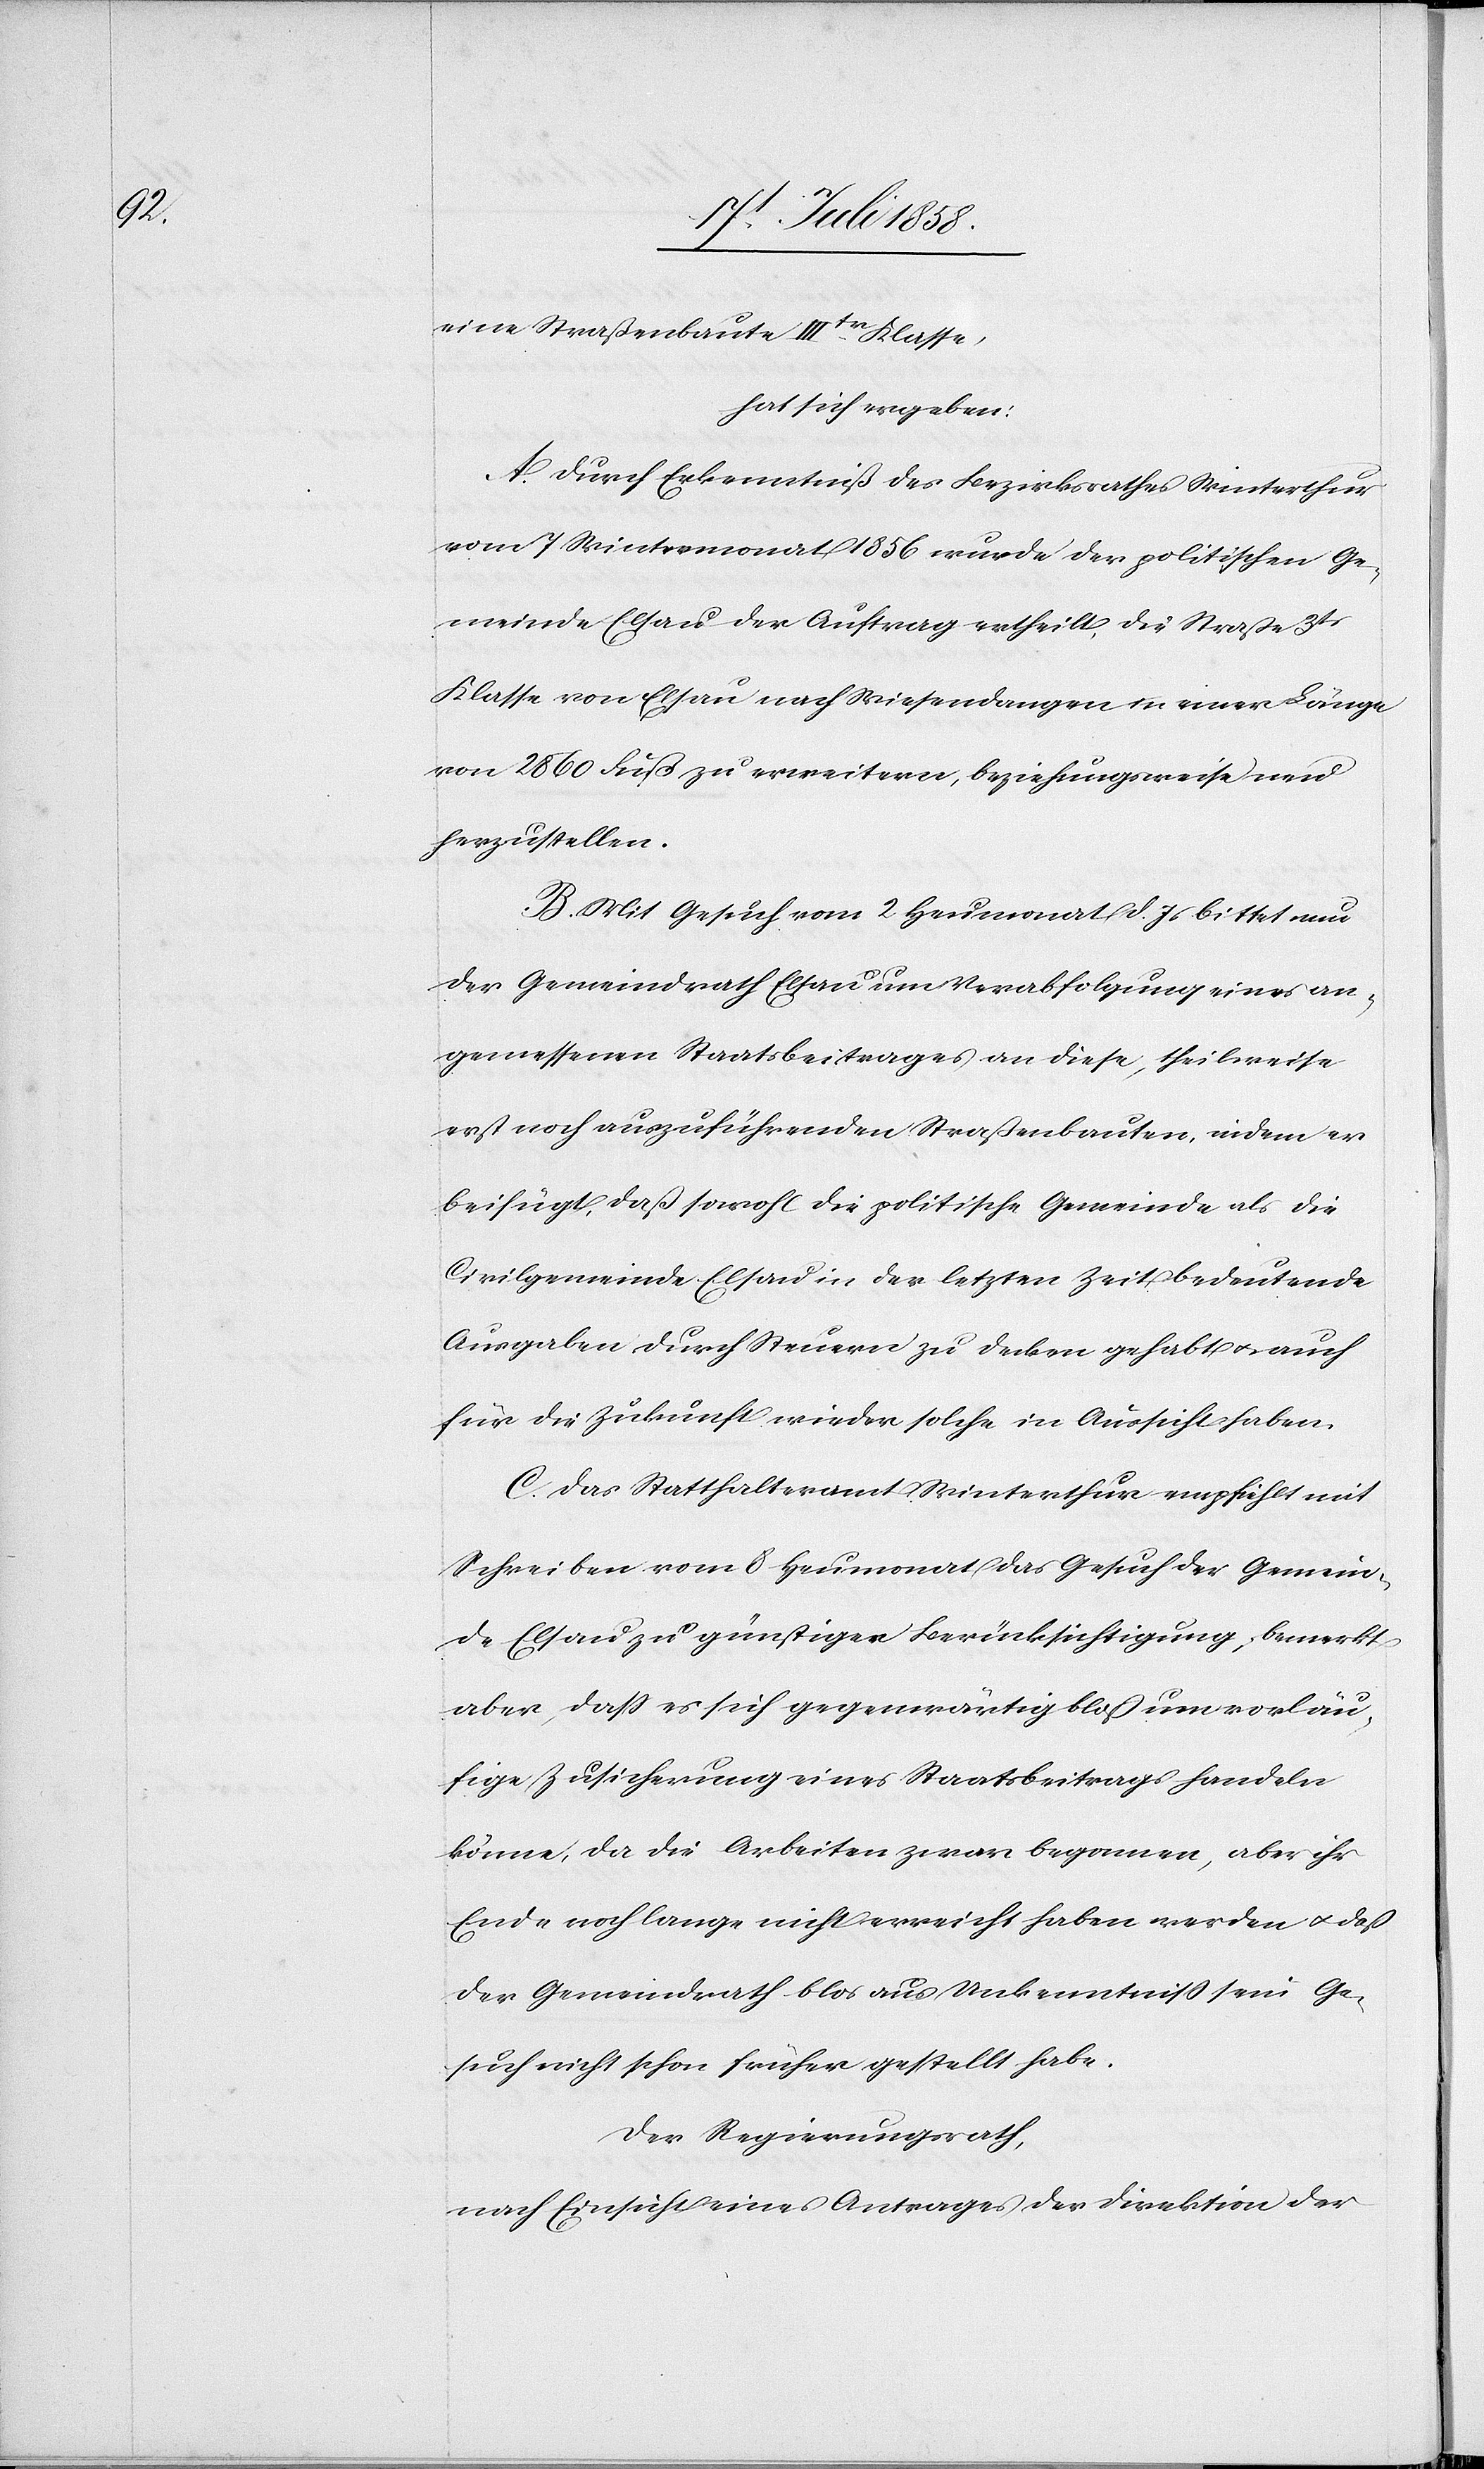
eine Straßenbaute IIItr. Klasse,
hat sich ergeben:
A. Durch Erkenntniß des Bezirksrathes Winterthur
vom 7 Wintermonat 1856 wurde der politischen Ge¬
meinde Elsau der Auftrag ertheilt, die Straße 3tr
Klasse von Elsau nach Wiesendangen in einer Länge
von 2860 Fuß zu erweitern, beziehungsweise neu
herzustellen.
B. Mit Gesuch vom 2 Heumonat d. Js bittet nun
der Gemeindrath Elsau um Verabfolgung eines an¬
gemessenen Staatsbeitrages an diese, theilweise
erst noch auszuführenden Straßenbauten, indem er
beifügt, daß sowohl die politische Gemeinde als die
Civilgemeinde Elsau in der letzten Zeit bedeutende
Ausgaben durch Steuern zu decken gehabt & auch
für die Zukunft wieder solche in Aussicht haben.
C. Das Statthalteramt Winterthur empfiehlt mit
Schreiben vom 8 Heumonat das Gesuch der Gemein¬
de Elsau zu günstiger Berücksichtigung, bemerkt
aber, dass es sich gegenwärtig bloß um vorläu¬
fige Zusicherung eines Staatsbeitrags handeln
könne, da die Arbeiten zwar begonnen, aber ihr
Ende noch lange nicht erreicht haben werden & daß
der Gemeindrath blos aus Unkenntniß sein Ge¬
such nicht schon früher gestellt habe.
Der Regierungsrath,
nach Einsicht eines Antrages der Direktion der